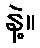
နဲ့။